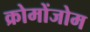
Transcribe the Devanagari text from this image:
क्रोमोंजोम